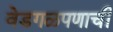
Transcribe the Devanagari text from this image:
वेडगळपणाची